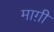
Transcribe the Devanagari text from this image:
माग़ी